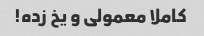
کاملا معمولی و یخ زده!